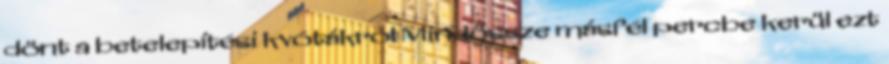
dönt a betelepítési kvótákról Mindössze másfél percbe kerül ezt